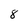
Character: 8